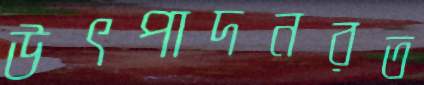
উৎপাদনরত